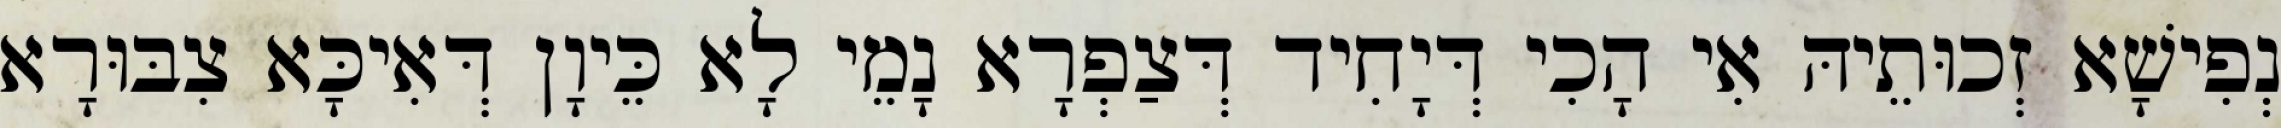
נְפִישָׁא זְכוּתֵיהּ אִי הָכִי דְּיָחִיד דְּצַפְרָא נָמֵי לָא כֵּיוָן דְּאִיכָּא צִבּוּרָא